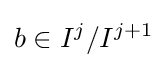
b\in I^{j}/I^{j+1}